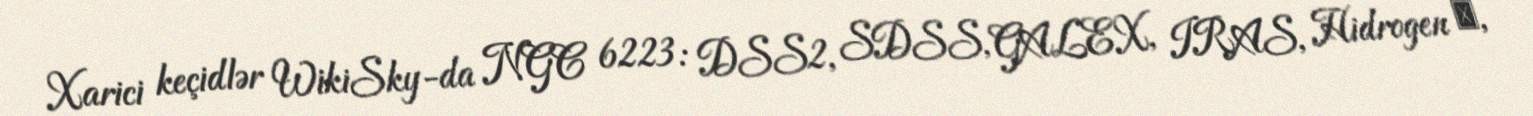
Xarici keçidlər WikiSky-da NGC 6223: DSS2, SDSS, GALEX, IRAS, Hidrogen α,